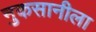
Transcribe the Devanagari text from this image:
नुकसानीला